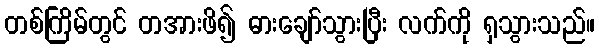
တစ်ကြိမ်တွင် တအားဖိ၍ ဓားချော်သွားပြီး လက်ကို ရှသွားသည်။